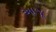
આજૂ